Indian journal of veterinary science and animal husbandry - Volumes 26-27, 1956-1957
Year: 1956
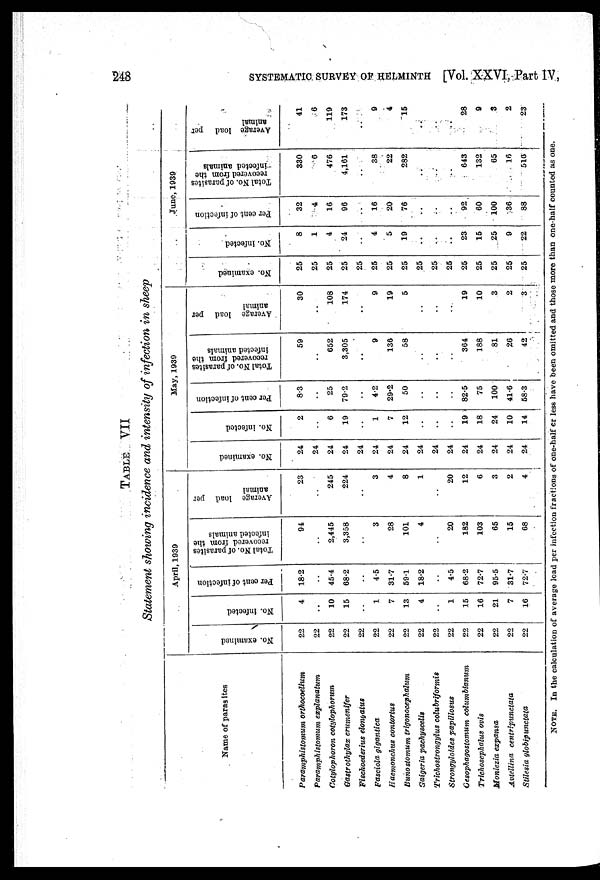
248
SYSTEMATIC SURVEY OF HELMINTH [Vol. XXVI, Part IV,
TABLE VII
Statement showing incidence and intensity of infection in sheep
Name of paras ites
Paramphistomum orthocoelium
Paramphistomum explanatum
Cotylophoron cotylophorum
Gastrothylax crumenifer
Fischoederius elongatus
Fasciola gigantica
Haemonchus contortus
Bunostomum trigonocephalum
Gaigeria pachyscelis
Trichostrongylus colubriformis
Strongyloides papillosus
Oesophagostomum columbianum
Trichosephalus ovis
Moniezia expansa
Avtellina
centripunctata
Stilesia globipunctata
April, 1939
No. examined
22
22
22
22
22
22
22
22
22
22
22
22
22
22
22
22
No. infected
4
..
10
15
..
1
7
13
4
..
1
15
16
21
7
16
Per
cent of infection
18.2
..
45.4
68.2
..
4.5
31.7
59.1
18.2
..
4.5
68.2
72.7
95.5
31.7
72.7
Total No. of parasites
recovered from the
infected animals
94
..
2,445
3,358
..
3
28
101
4
..
20
182
103
65
15
68
Average load per
animal
23
..
245
224
..
3
4
8
1
..
20
12
6
3
2
4
May, 1939
No. examined
24
24
24
24
24
24
24
24
24
24
24
24
24
24
24
24
No. infected
2
..
6
19
..
1
7
12
..
..
..
19
18
24
10
14
Per cent of infection
8.3
..
25
79.2
..
4.2
29.2
50
..
..
..
82.5
75
100
41.6
58.3
Total No. of parasites
recovered from the
infected animals
59
..
652
3.305
..
9
136
58
..
..
..
364
188
81
26
42
Average load per
animal
30
..
108
174
..
9
19
5
..
..
..
19
10
3
2
3
June, 1939
No. examined
25
25
25
25
25
25
25
25
25
25
25
25
25
25
25
25
No. infected
8
1
4
24
..
4
5
19
..
..
..
23
15
25
9
22
Per cent of infection
32
4
16
96
..
16
20
76
..
..
..
92
60
100
36
88
Total No. of parasites
recovered from the
infected animals
330
6
476
4,161
..
38
22
282
..
..
..
643
132
65
16
516
Average load per
animal
41
6
119
173
..
9
4
15
..
..
..
28
9
3
2
23
NOTE. In the calculation of average load per infection fractions of one-half or less have been omitted and those more than one-half counted as one.